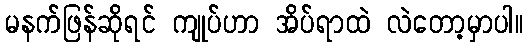
မနက်ဖြန်ဆိုရင် ကျုပ်ဟာ အိပ်ရာထဲ လဲတော့မှာပါ။